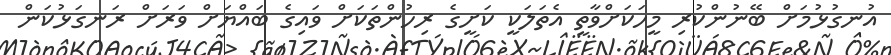
އުނގުޅުމަށް ބޭނުންކުރި މީހަކަށްވާތީ އެތަލަކީ ކަށީގެ ރިހުންތަކަށް ވައިގެ ބައްޔަށް ވަރަށް ރަނގަޅުކަން